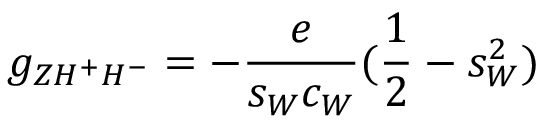
g _ { Z H ^ { + } H ^ { - } } = - \frac { e } { s _ { W } c _ { W } } ( \frac { 1 } { 2 } - s _ { W } ^ { 2 } )